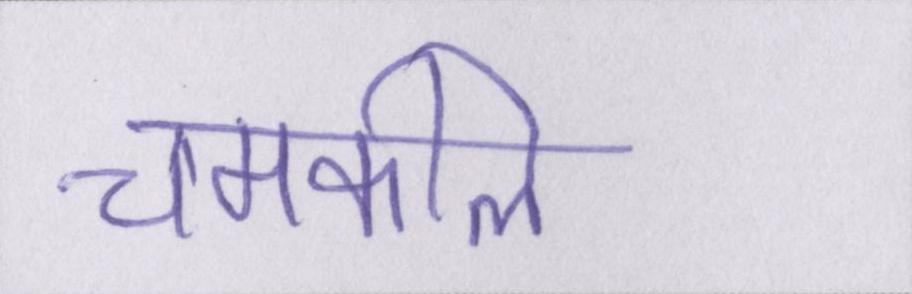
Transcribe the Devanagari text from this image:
चमकीले